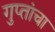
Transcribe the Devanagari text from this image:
गुप्तांचा